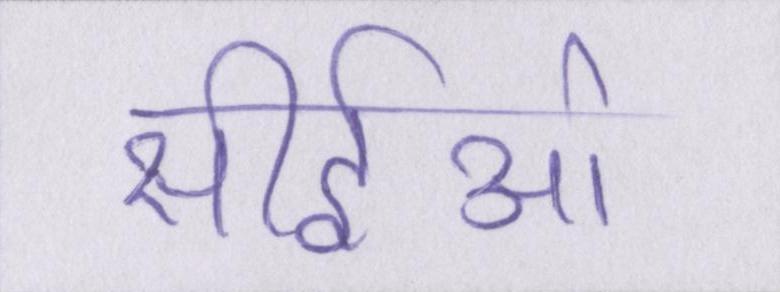
सीईओ